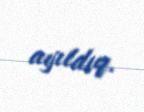
ayıldıq.